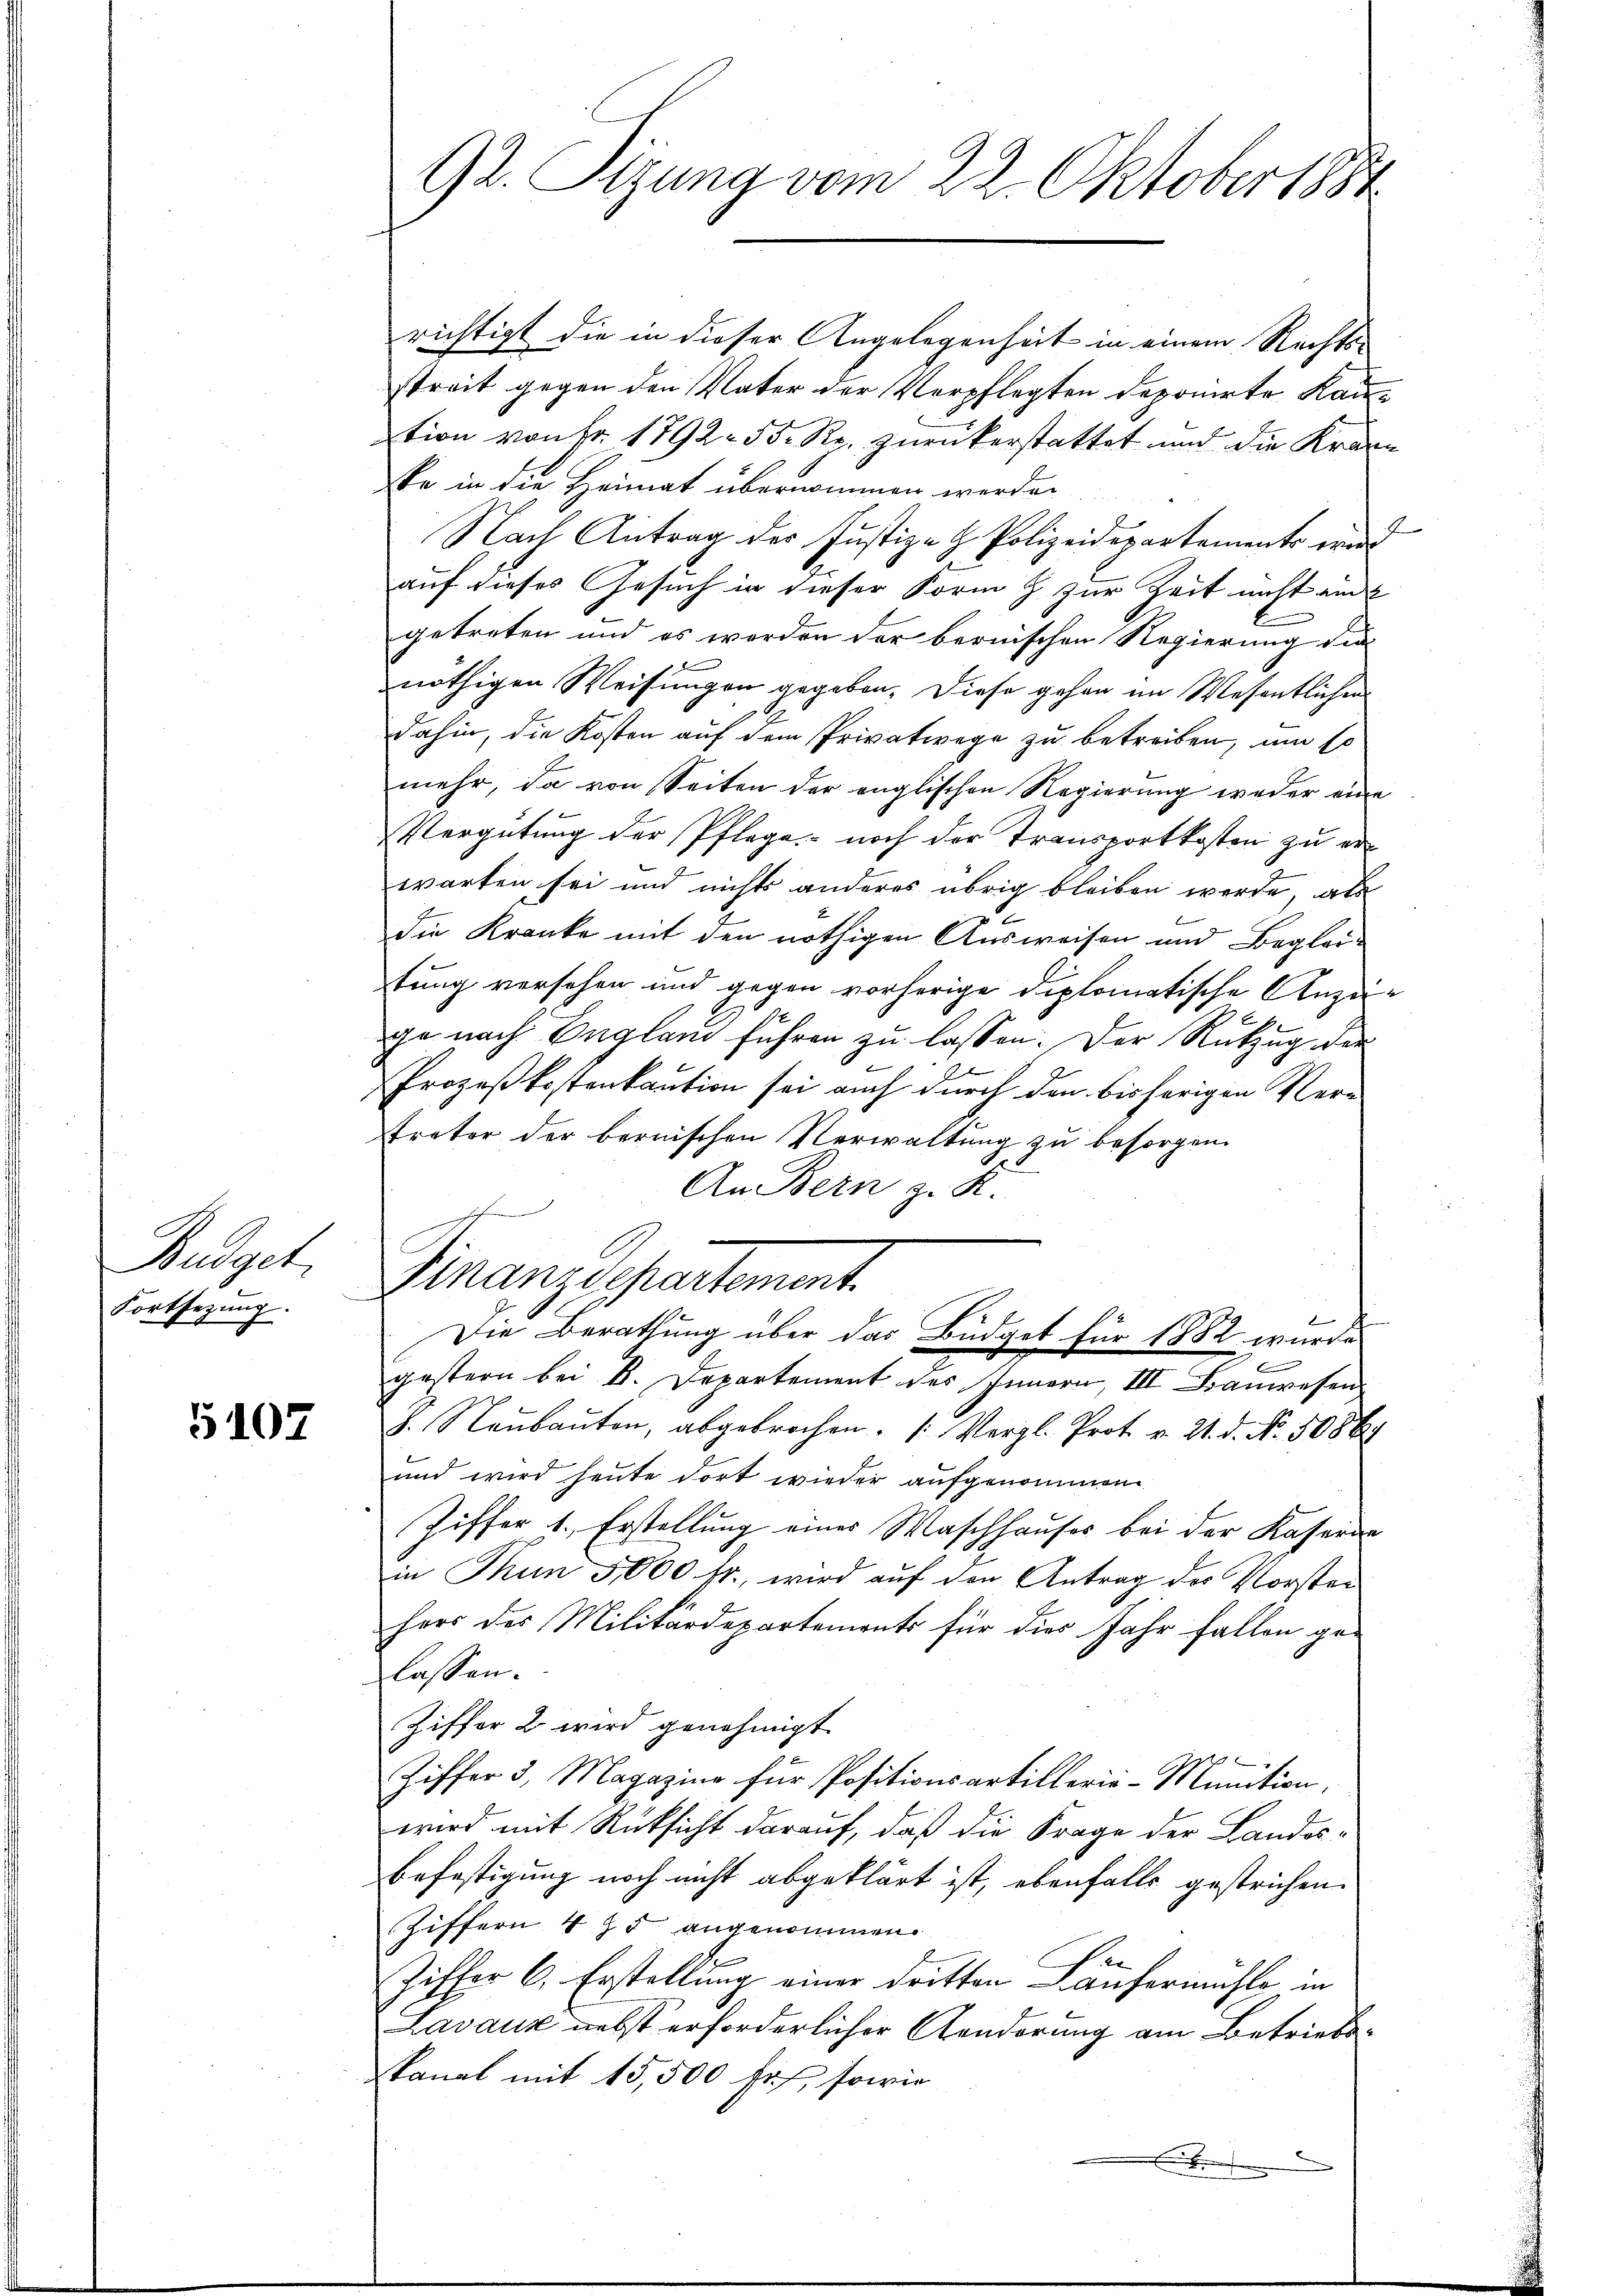
Budget.
Fortsetzung.

5107

92. Tizung vom 22. Oktober 1884

richtigt die in dieser Angelegenheit in einem Rechtsstreit gegen den Vater der Verpflegten deponirte Kantion von Fr. 1792. 55 Rp. zurückerstattet und die Kran
ste in die Heimat übernommen werde.
Nach Antrag des Justiz- & Polizeidepartements ind
auf dieses Gesuch in dieser Form & zur Zeit nicht an
getreten und es werden der bernischen Regierung die
nöthigen Weisungen gegeben. Diese gehen im Wesentlichen
dahin, die Kosten auf dem Privatwege zu betreiben, um so
mehr, da von Seiten der englischen Regierung weder eine
Vergütung der Pflege noch der Transportkosten zu erwarten sei und nichts anderes übrig bleiben werde, als
e
die Kranke mit den nöthigen Ausweisen und Begleitung versehen und gegen vorherige diplomatische Anzeix
ge nach England führen zu lassen. Der Ritzug der
Prozeßkostenkaution sei auch durch den bisherigen Vertreter der bernischen Verwaltung zu besorgen.
An Bern z. K.
Finanzdepartement.
¬
Die Berathung über das Büdget für 1882 wurde
gestern bei k. Departement des Innern, III Bauwesen
H. Neŭbaŭten, abgebrochen. (Vergl. Prot. v. 21. d. No. 508 hy
und wird heute dort wieder aufgenommen
Ziffer 1. Erstellung eines Waschhauses bei der Kaserne
in Thun 5000 fr., wird auf den Antrag der Vorstei
herr des Militärdepartements für dies Jahr fallen gelassen.
Ziffer 2 wird genehmigt.
Ziffer 3. Magazine für Positionsartillerie-Munition,
wird mit Rücksicht darauf, daß die Frage der Landesbefestigung noch nicht abgeklärt ist, ebenfalls gestrichen.
Ziffern 4 75 angenommen
Ziffer 6. Erstellung einer dritten Läufermahle in
Lavaux nebst erforderlicher Aenderung am Betriebskanal mit 15,500 Fr., sowie

e